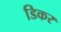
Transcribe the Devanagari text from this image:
डिकर